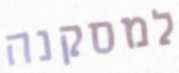
למסקנה